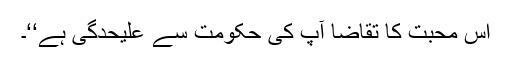
اِس محبت کا تقاضا آپ کی حکومت سے علیحدگی ہے‘‘۔